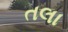
તલા